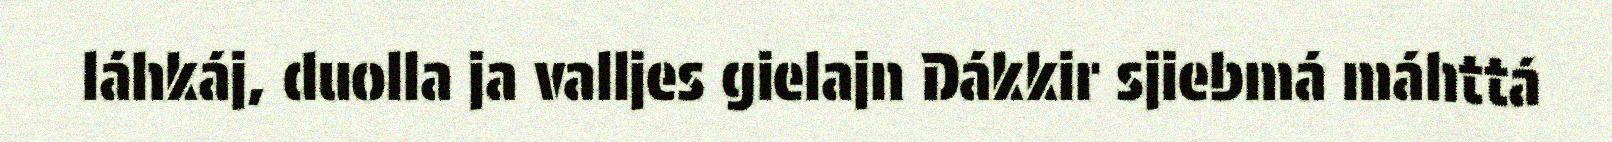
láhkáj, duolla ja valljes gielajn Dákkir sjiebmá máhttá